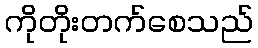
ကိုတိုးတက်စေသည်